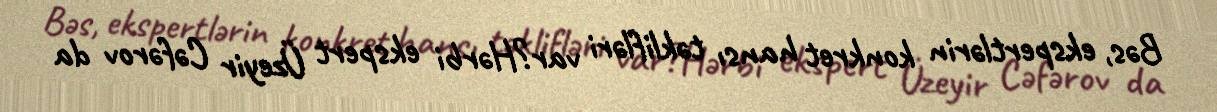
Bəs, ekspertlərin konkret hansı təklifləri var?Hərbi ekspert Üzeyir Cəfərov da